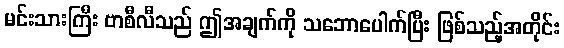
မင်းသားကြီး ဗာစီလီသည် ဤအချက်ကို သဘောပေါက်ပြီး ဖြစ်သည့်အတိုင်း